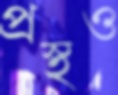
প্রস্থও